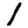
Digit: 1